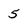
Character: 5